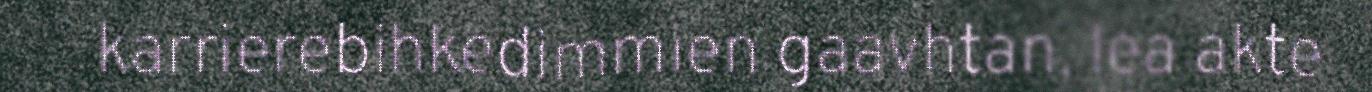
karrierebihkedimmien gaavhtan, lea akte